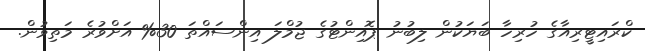
ކްރައިޓީރިއާގެ ހުރިހާ ބަޔަކުން ލިބުނު ޕޮއިންޓުގެ ޖުމްލަ އިންސައްތަ 30% އަށްވުރެ މަތިވުން.